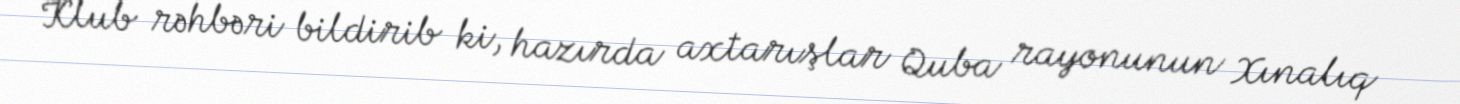
Klub rəhbəri bildirib ki, hazırda axtarışlar Quba rayonunun Xınalıq